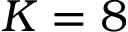
K = 8